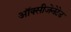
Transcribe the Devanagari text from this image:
ऑक्सीजेनेटेड